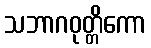
သဘာဂဝုတ္တိကော